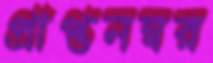
প্রাপ্তনম্বর